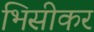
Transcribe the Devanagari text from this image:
भिसीकर